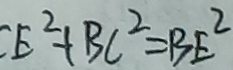
C E ^ { 2 } + B C ^ { 2 } = B E ^ { 2 }